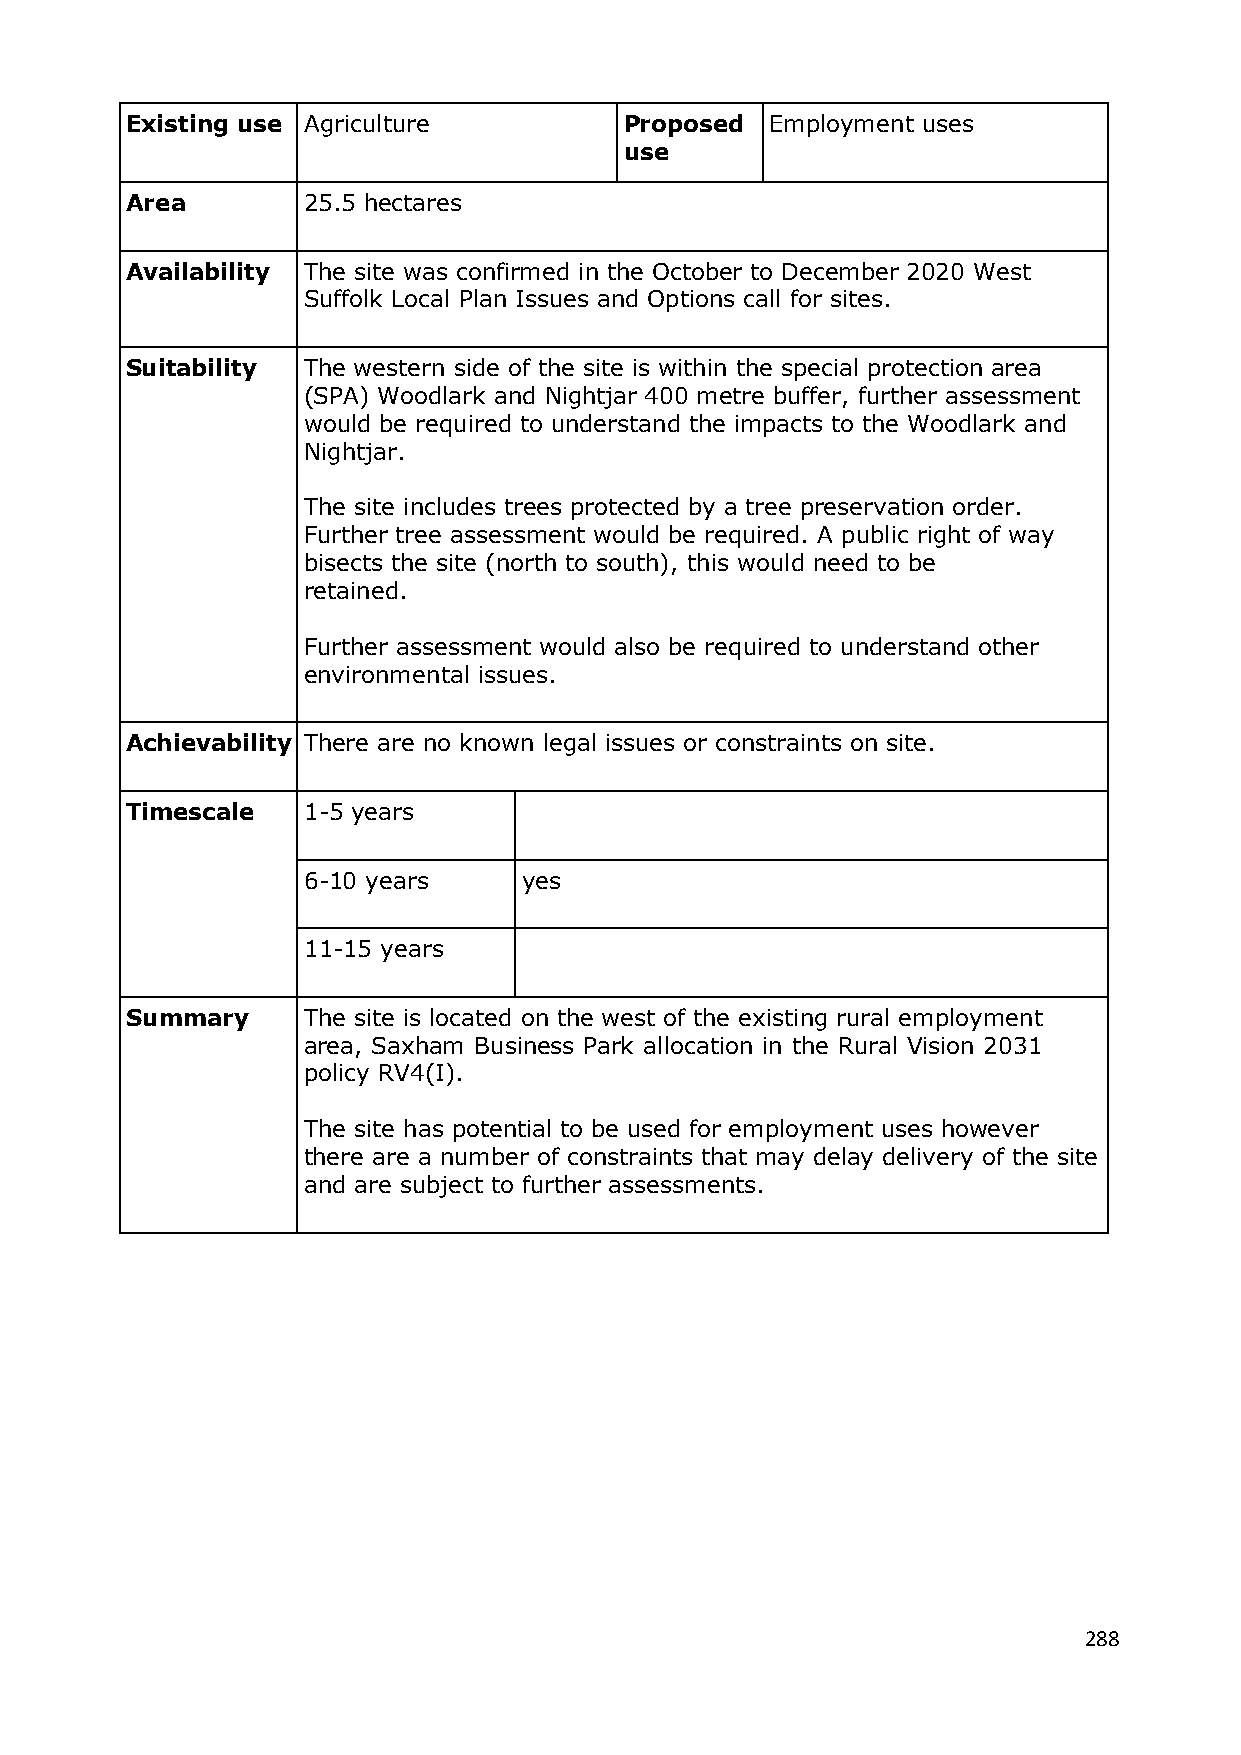
Existing use Agriculture         Proposed  Employment uses
 use
 Area        25.5 hectares
 Availability The site was confirmed in the October to December 2020 West
 Suffolk Local Plan Issues and Options call for sites.
 Suitability The western side of the site is within the special protection area
 (SPA) Woodlark and Nightjar 400 metre buffer, further assessment
 would be required to understand the impacts to the Woodlark and
 Nightjar.
 The site includes trees protected by a tree preservation order.
 Further tree assessment would be required. A public right of way
 bisects the site (north to south), this would need to be
 retained.
 Further assessment would also be required to understand other
 environmental issues.
 Achievability There are no known legal issues or constraints on site.
 Timescale   1-5 years
 6-10 years     yes
 11-15 years
 Summary     The site is located on the west of the existing rural employment
 area, Saxham Business Park allocation in the Rural Vision 2031
 policy RV4(I).
 The site has potential to be used for employment uses however
 there are a number of constraints that may delay delivery of the site
 and are subject to further assessments.
 288